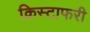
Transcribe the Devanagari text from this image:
क्रिस्टाफरी